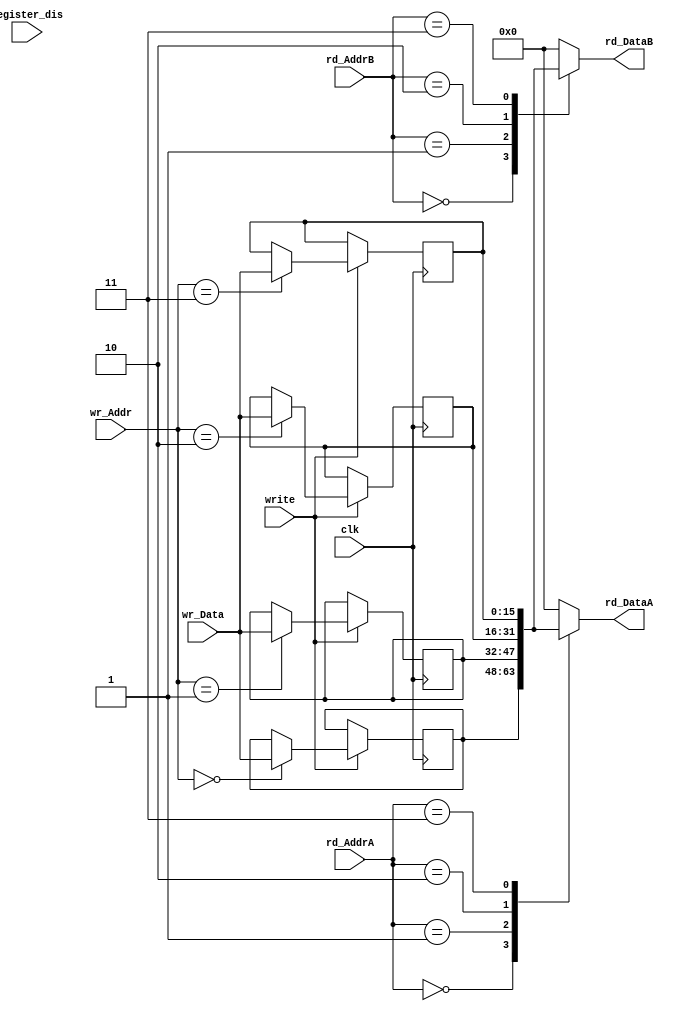
`timescale 1ns / 1ps
//////////////////////////////////////////////////////////////////////////////////
// Company: 
// Engineer: 
// 
// Design Name: 
// Module Name:    R_file_mod 
// Project Name: 
// Target Devices: 
// Tool versions: 
// Description: 
//
// Dependencies: 
//
// Revision: 
// Revision 0.01 - File Created
// Additional Comments: 
//
//////////////////////////////////////////////////////////////////////////////////
module Register_file(
   input clk,
   input write,
   input [2:0] wr_Addr,
   input [15:0] wr_Data,
   input [2:0] rd_AddrA,
   output reg [15:0] rd_DataA,
   input [2:0] rd_AddrB,
   output reg [15:0] rd_DataB,
	input register_dis
	);
	reg [15:0] r0;
	reg [15:0] r1;
	reg [15:0] r2;
	reg [15:0] r3;
   always @(*) begin
	   case (rd_AddrA)
	0:begin 
	rd_DataA = r0;
	end
	1:begin
	rd_DataA = r1;
	end
	2:begin
	rd_DataA = r2;
	end
	3:begin
	rd_DataA = r3;
	end
	default: begin
	rd_DataA = 0;
	end
      endcase
	   case (rd_AddrB)
	0:begin
	rd_DataB = r0;
	end
	1:begin
	rd_DataB = r1;
	end
	2:begin 
	rd_DataB = r2;
	end
	3:begin
	rd_DataB = r3;
	end
	default:begin
	rd_DataB = 0;
	end
      endcase
   end
   always @(posedge clk) begin
      if (write) 
	case (wr_Addr) 
	  0: r0 <= wr_Data;
	  1: r1 <= wr_Data;
	  2: r2 <= wr_Data;
	  3: r3 <= wr_Data;
	endcase
   end 
endmodule